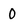
Character: 0